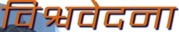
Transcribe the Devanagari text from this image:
विश्ववेदना